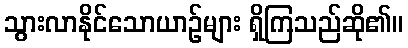
သွားလာနိုင်သောယာဉ်များ ရှိကြသည်ဆို၏။